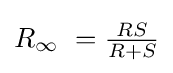
R_{\infty }\ ={\tfrac {RS}{R+S}}